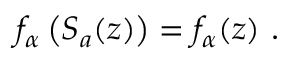
f _ { \alpha } \left( S _ { a } ( z ) \right) = f _ { \alpha } ( z ) \ .